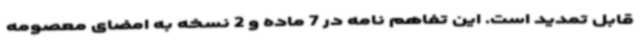
قابل تمدید است. این تفاهم نامه در 7 ماده و 2 نسخه به امضای معصومه